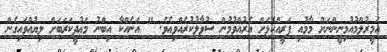
އަމީރުލްމުއުމިނީންނަށް މާމުއި ފަރީއްކޮޅަށް އެރުއްވުމުން ސުވާލުކުރެއްވިއެވެ. " އަނެއްކާ އިބްނު މަޢުދީކަރަބަށް ލިޔުއްވައިގެން